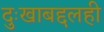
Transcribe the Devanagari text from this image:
दुःखाबद्दलही